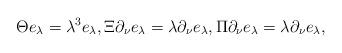
LaTeX: \begin{align*}\Theta e_\lambda&=\lambda^3 e_\lambda,\Xi\partial_\nu e_\lambda=\lambda \partial_\nu e_\lambda,\Pi\partial_\nu e_\lambda=\lambda \partial_\nu e_\lambda,\\\end{align*}